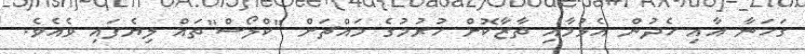
ގަހަނާ އާއި ހެދުން އެޅުމާއި ތާޒާކޮށް ހުރުމުގެ މައްޗަށް "ކްލޯސް"ތައް ލިޔެފައި ވެއެވެ.